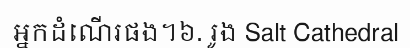
អ្នកដំណើរផង។៦. រូង Salt Cathedral